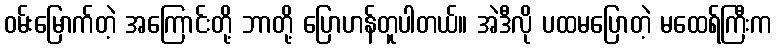
ဝမ်းမြောက်တဲ့ အကြောင်းတို့ ဘာတို့ ပြောဟန်တူပါတယ်။ အဲဒီလို ပထမပြောတဲ့ မထေရ်ကြီးက